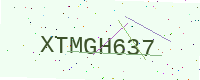
Text: XTMGH637